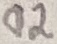
Text: 02